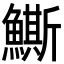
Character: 䲉